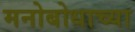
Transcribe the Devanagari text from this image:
मनोबोधाच्या